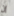
إن